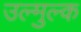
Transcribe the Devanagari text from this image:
उल्मुल्क